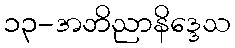
၁၃-အဘိညာနိဒ္ဒေသ